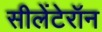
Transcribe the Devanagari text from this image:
सीलेंटेरॉन